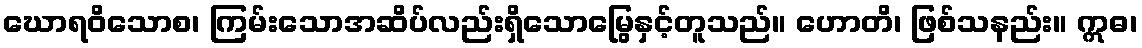
ဃောရဝိသောစ၊ ကြမ်းသောအဆိပ်လည်းရှိသောမြွေနှင့်တူသည်။ ဟောတိ၊ ဖြစ်သနည်း။ ဣဓ၊